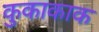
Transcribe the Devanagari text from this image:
कुकाकाक